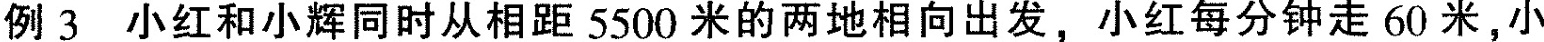
例3小红和小辉同时从相距5500米的两地相向出发，小红每分钟走60米，小